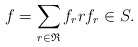
\begin{align*}f=\sum_{r\in \mathfrak{R}} f_r r f_r\in S. \end{align*}